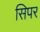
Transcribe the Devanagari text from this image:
सिपर